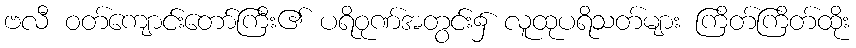
ဗလီ ဝတ်ကျောင်းတော်ကြီး၏ ပရိဝုဏ်အတွင်း၌ လူထုပရိသတ်များ ကြိတ်ကြိတ်ထိုး